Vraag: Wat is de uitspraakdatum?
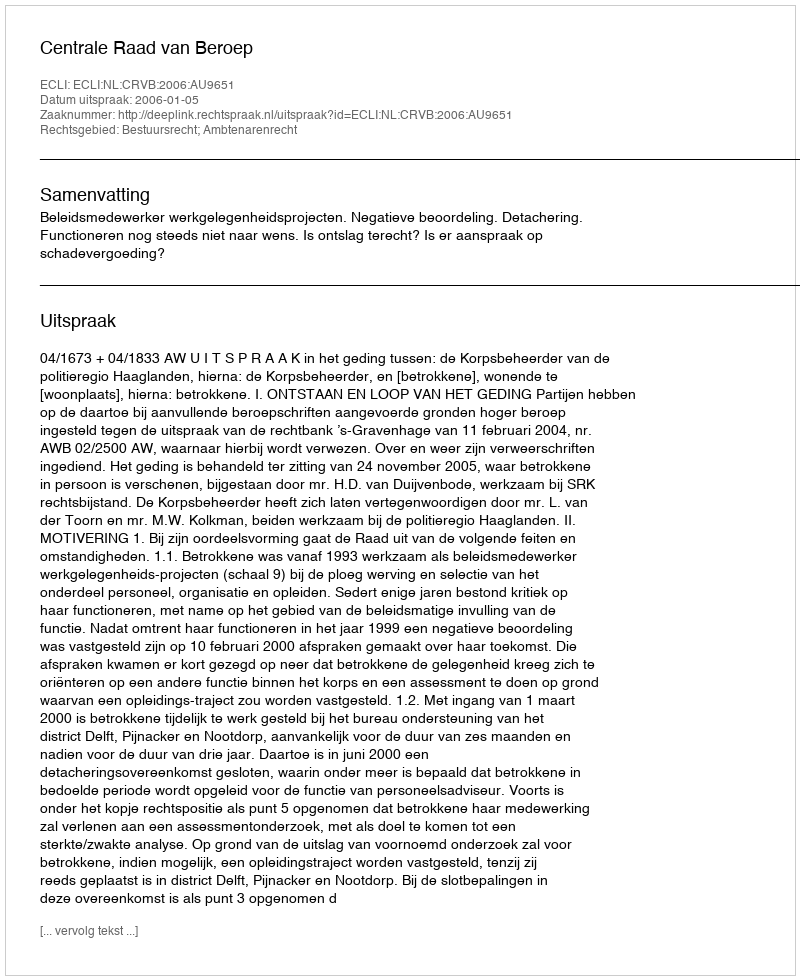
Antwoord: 2006-01-05